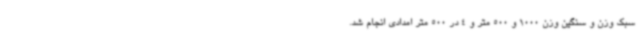
سبک وزن و سنگین وزن 1000 و 500 متر و 4 در 500 متر امدادی انجام شد.